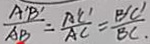
\frac { A ^ { \prime } B ^ { \prime } } { A B } = \frac { A ^ { \prime } C ^ { \prime } } { A C } = \frac { B ^ { \prime } C ^ { \prime } } { B C } .